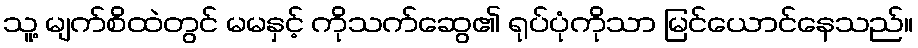
သူ့ မျက်စိထဲတွင် မမနှင့် ကိုသက်ဆွေ၏ ရုပ်ပုံကိုသာ မြင်ယောင်နေသည်။